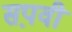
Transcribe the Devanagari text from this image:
सप़वी